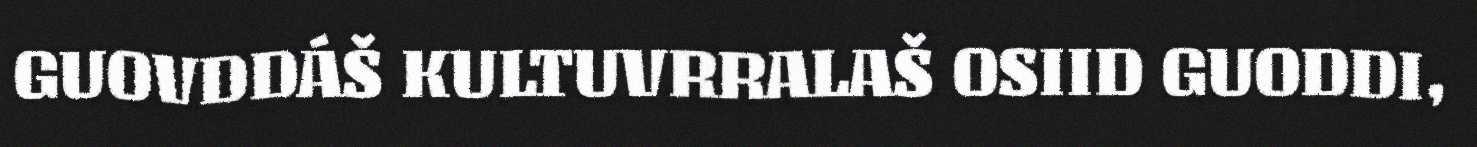
GUOVDDÁŠ KULTUVRRALAŠ OSIID GUODDI,